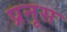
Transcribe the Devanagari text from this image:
प्रनूस